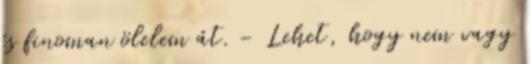
és finoman ölelem át. - Lehet, hogy nem vagy